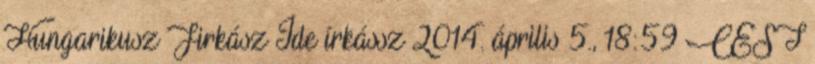
Hungarikusz Firkász Ide írkássz 2014. április 5., 18:59 CEST